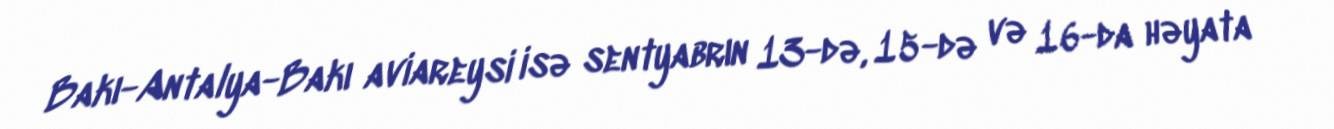
Bakı-Antalya-Bakı aviareysi isə sentyabrın 13-də, 15-də və 16-da həyata